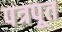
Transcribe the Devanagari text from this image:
पत्रपूत